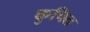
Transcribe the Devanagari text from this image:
कुचित